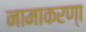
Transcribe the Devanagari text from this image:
नामाकरण्‍ा